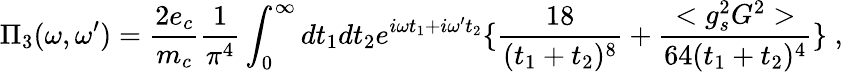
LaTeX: \Pi_{3}(\omega,\omega^{\prime})={\frac{2e_{c}}{m_{c}}}{\frac{1}{\pi^{4}}}\int_{0}^{\infty}dt_{1}dt_{2}e^{i\omega t_{1}+i\omega^{\prime}t_{2}}\{ {\frac{18}{(t_{1}+t_{2})^{8}}}+{\frac{<g_{s}^{2}G^{2}>}{64(t_{1}+t_{2})^{4}}}\} \; ,